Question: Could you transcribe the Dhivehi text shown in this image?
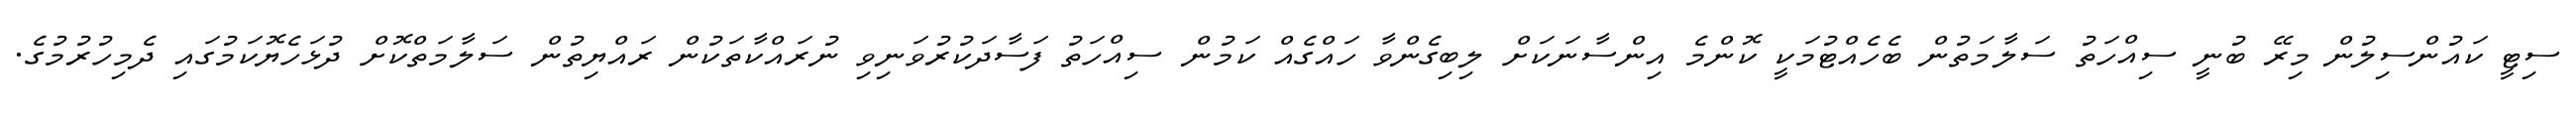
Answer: ސިޓީ ކައުންސިލުން މިރޭ ބުނީ ސިއްހަތު ސަލާމަތުން ބެހެއްޓުމަކީ ކޮންމެ އިންސާނަކަށް ލިބިގެންވާ ހައްގެއް ކަމުން ސިއްހަތު ފަސާދަކުރުވަނިވި ނުރައްކާތަކުން ރައްޔިތުން ސަލާމަތްކޮށް ދުޅަހެޔޮކަމުގައި ދެމިހުރުމުގެ.